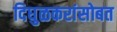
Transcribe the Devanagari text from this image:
दिघुळकरांसोबत